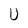
Character: U